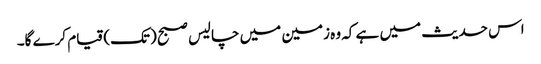
اس حدیث میں ہے کہ وہ زمین میں چالیس صبح (تک) قیام کرے گا۔